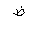
Letter: _za